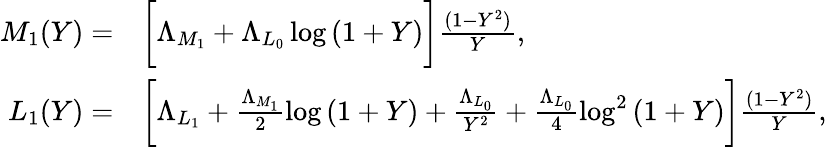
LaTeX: \begin{array}{rl}{M_{1}(Y)=}&{\bigg[\Lambda_{M_{1}}+\Lambda_{L_{0}}\log{(1+Y)}\bigg]\frac{(1-Y^{2})}{Y},}\\ {L_{1}(Y)=}&{\bigg[\Lambda_{L_{1}}+\frac{\Lambda_{M_{1}}}{2}\log{(1+Y)}+\frac{\Lambda_{L_{0}}}{Y^{2}}+\frac{\Lambda_{L_{0}}}{4}\log^{2}{(1+Y)}\bigg]\frac{(1-Y^{2})}{Y},}\end{array}